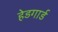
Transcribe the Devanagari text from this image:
हेडगार्ड